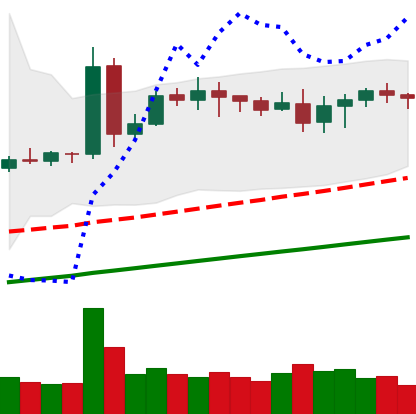
Ticker: DOGE-USD
Chart end date: 2020-08-16
Forward return: -3.717%
Label: down_3_5